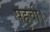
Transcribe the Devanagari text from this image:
पहुचीं।